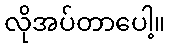
လိုအပ်တာပေါ့။